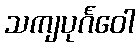
သကျပုင်္ဂဝေါ